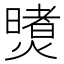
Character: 𪹶